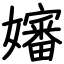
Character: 嬸